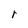
Character: r